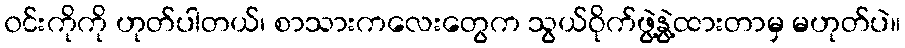
၀င်းကိုကို ဟုတ်ပါတယ်၊ စာသားကလေးတွေက သွယ်ဝိုက်ဖွဲ့နွဲ့ထားတာမှ မဟုတ်ပဲ။